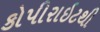
કોપીરાઇટથી